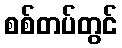
စစ်တပ်တွင်